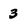
Character: 3